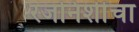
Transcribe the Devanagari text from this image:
रजनिशींचा